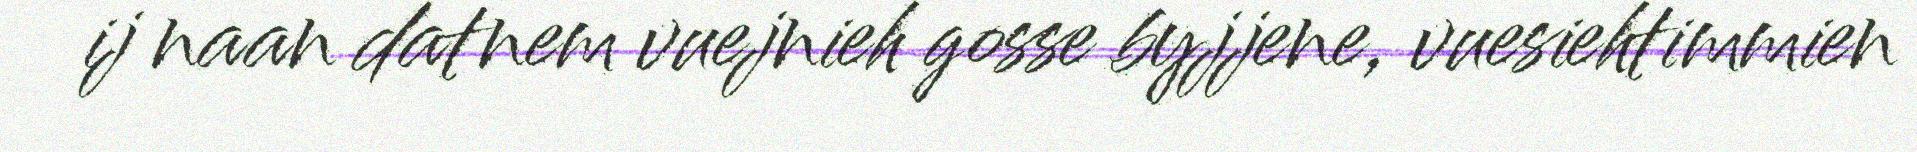
ij naan datnem vuejnieh gosse byjjene, vuesiehtimmien